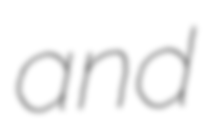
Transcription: and